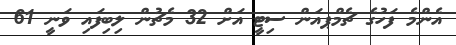
އެންމެ ފަހުގެ ޗެމްޕއަން ސިޓީ އަށް 32 މެޗުން ލިބިފައި ވަނީ 61